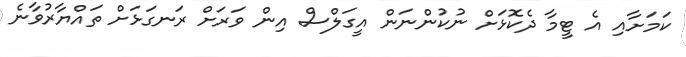
ކަމަށާއި އެ ޓީމާ ދެކޮޅަށް ނުކުންނަން އީގަލްސް އިން ވަރަށް ރަނގަޅަށް ތައްޔާރުވާނެ